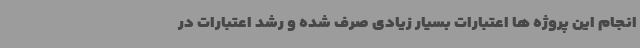
انجام این پروژه ها اعتبارات بسیار زیادی صرف شده و رشد اعتبارات در